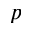
p